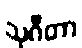
သုဂီတာ